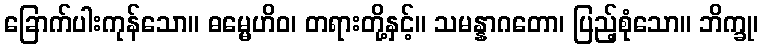
ခြောက်ပါးကုန်သော။ ဓမ္မေဟိဝ၊ တရားတို့နှင့်။ သမန္နာဂတော၊ ပြည့်စုံသော။ ဘိက္ခု၊